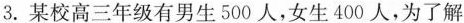
3.某校高三年级有男生500人，女生400人，为了解